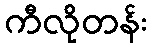
ကီလိုတန်း